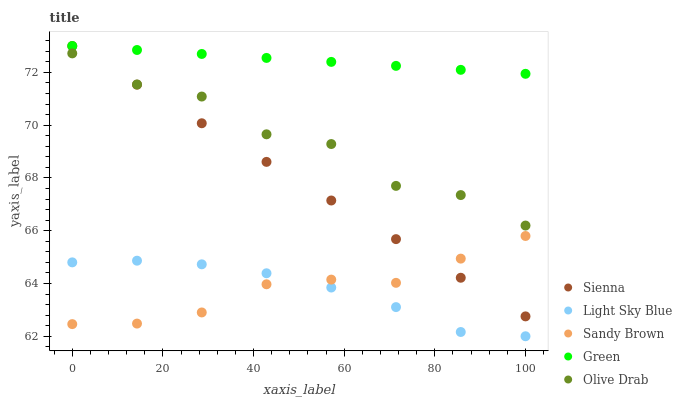
| xaxis_label | Sienna | Light Sky Blue | Sandy Brown | Green | Olive Drab |
 | --- | --- | --- | --- | --- | --- |
 | 0 | 73 | 64.8 | 62.5 | 73 | 72.7 |
 | 14.3 | 71.5 | 64.9 | 62.5 | 72.8 | 71.5 |
 | 28.6 | 70.1 | 64.7 | 62.9 | 72.7 | 71.1 |
 | 42.9 | 68.6 | 64.4 | 64 | 72.5 | 69.7 |
 | 57.1 | 67.1 | 63.8 | 64.1 | 72.4 | 69.3 |
 | 71.4 | 65.7 | 63.1 | 64 | 72.2 | 67.7 |
 | 85.7 | 64.2 | 62.2 | 64.9 | 72.1 | 67.4 |
 | 100 | 62.8 | 62 | 65.8 | 71.9 | 66.2 |